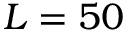
L = 5 0